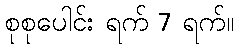
စုစုပေါင်း ရက် 7 ရက်။